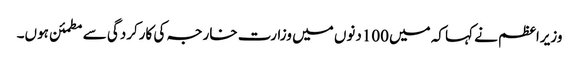
وزیراعظم نے کہا کہ میں100دنوں میں وزارت خارجہ کی کارکردگی سے مطمئن ہوں۔